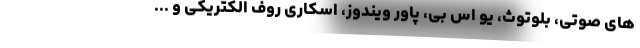
های صوتی، بلوتوث، یو اس بی، پاور ویندوز، اسکاری روف الکتریکی و ...